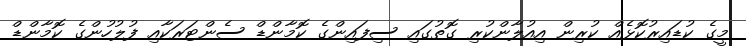
މީގެ ކުޑައިރުކޮޅެއް ކުރިން އިއުލާންކުރި ގޮތުގައި ސިފައިންގެ ކޮމާންޑް ސެންޓަރަކާއި ފުލުހުންގެ ކޮމާންޑް